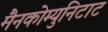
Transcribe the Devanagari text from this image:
मैनकोम्युनिटाट